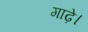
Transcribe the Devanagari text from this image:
गाढ़े।